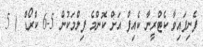
ފެނިފައިވާ ކެޓްރީނާ ކެއިފް އަށް ކޮންމެ ފިލްމަކުން 5-6 ކްރޯޑް ( 5